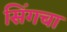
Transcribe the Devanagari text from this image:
सिंगचा